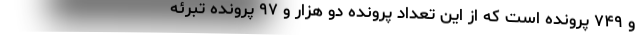
و ۷۴۹ پرونده است که از این تعداد پرونده دو هزار و ۹۷ پرونده تبرئه